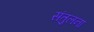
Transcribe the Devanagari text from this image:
संतुलना